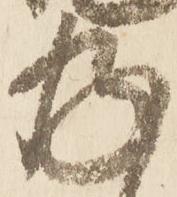
存